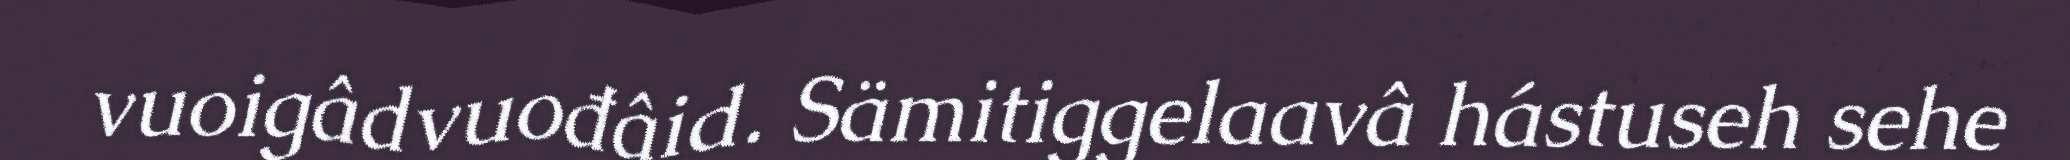
vuoigâdvuođâid. Sämitiggelaavâ hástuseh sehe